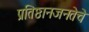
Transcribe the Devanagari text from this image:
प्रतिष्ठानजनतेचे